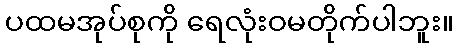
ပထမအုပ်စုကို ရေလုံးဝမတိုက်ပါဘူး။